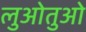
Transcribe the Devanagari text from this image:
लुओतुओ